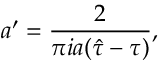
a ^ { \prime } = { \frac { 2 } { \pi i a ( \hat { \tau } - \tau ) } } ,